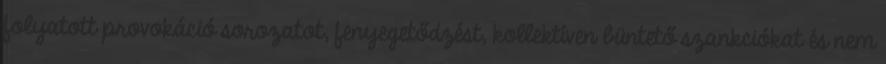
folyatott provokáció sorozatot, fenyegetődzést, kollektíven büntető szankciókat és nem